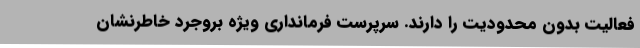
فعالیت بدون محدودیت را دارند. سرپرست فرمانداری ویژه بروجرد خاطرنشان